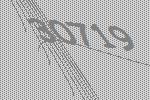
30719